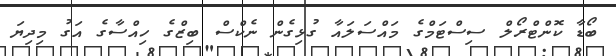
ބޯޑާ ކޮންޓްރޯލް ސިސްޓަމްގެ މައްސަލައާ ގުޅިގެން ނެކްސް ބިޒްގެ ހިއްސާގެ އަގު މިދިޔަ